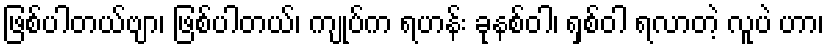
ဖြစ်ပါတယ်ဗျာ၊ ဖြစ်ပါတယ်၊ ကျုပ်က ရဟန်း ခုနစ်ဝါ၊ ရှစ်ဝါ ရလာတဲ့ လူပဲ ဟာ၊